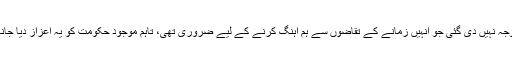
یہاں اس حقیقت کے اقرار میں کوئی دو رائے نہیں ہے کہ ایک مدت تک سرکاری تعلیمی اداروں کو وہ توجہ نہیں دی گئی جو انہیں زمانے کے تقاضوں سے ہم آہنگ کرنے کے لیے ضروری تھی، تاہم موجود حکومت کو یہ اعزاز دیا جانا چاہیے کہ حکومت سنبھالتے ہی محکمہ ٔ تعلیم کی ساکھ کی بحالی کے لیے قابل ِ قدر اقدامات کیے گئے۔